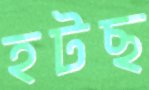
হটছ